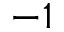
- 1